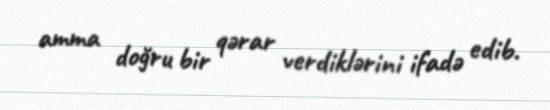
amma doğru bir qərar verdiklərini ifadə edib.